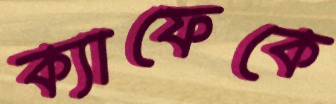
ক্যাফেকে